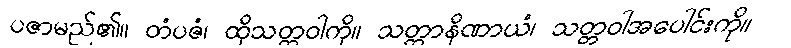
ပဇာမည်၏။ တံပဇံ၊ ထိုသတ္တဝါကို။ သတ္တာနိဏာယံ၊ သတ္တဝါအပေါင်းကို။